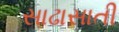
સાઢાસાતી